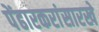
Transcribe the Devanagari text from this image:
पेंढारकरांसारखे